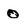
Character: O